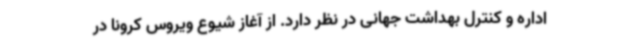
اداره و کنترل بهداشت جهانی در نظر دارد. از آغاز شیوع ویروس کرونا در